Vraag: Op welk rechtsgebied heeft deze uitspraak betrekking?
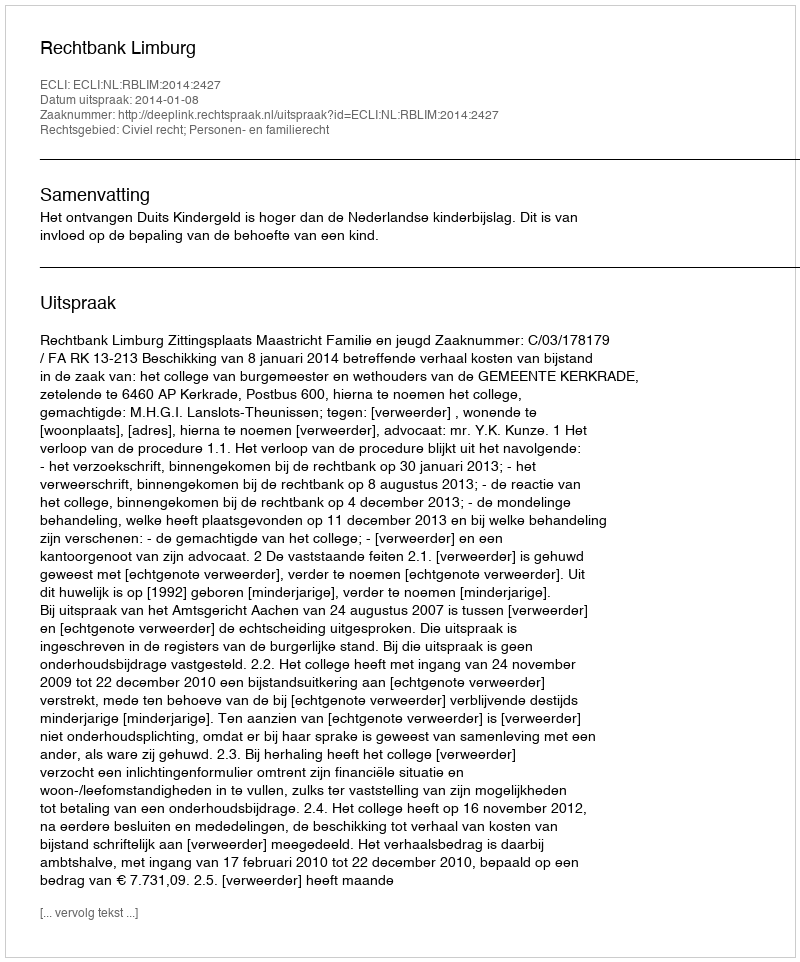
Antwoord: Civiel recht; Personen- en familierecht